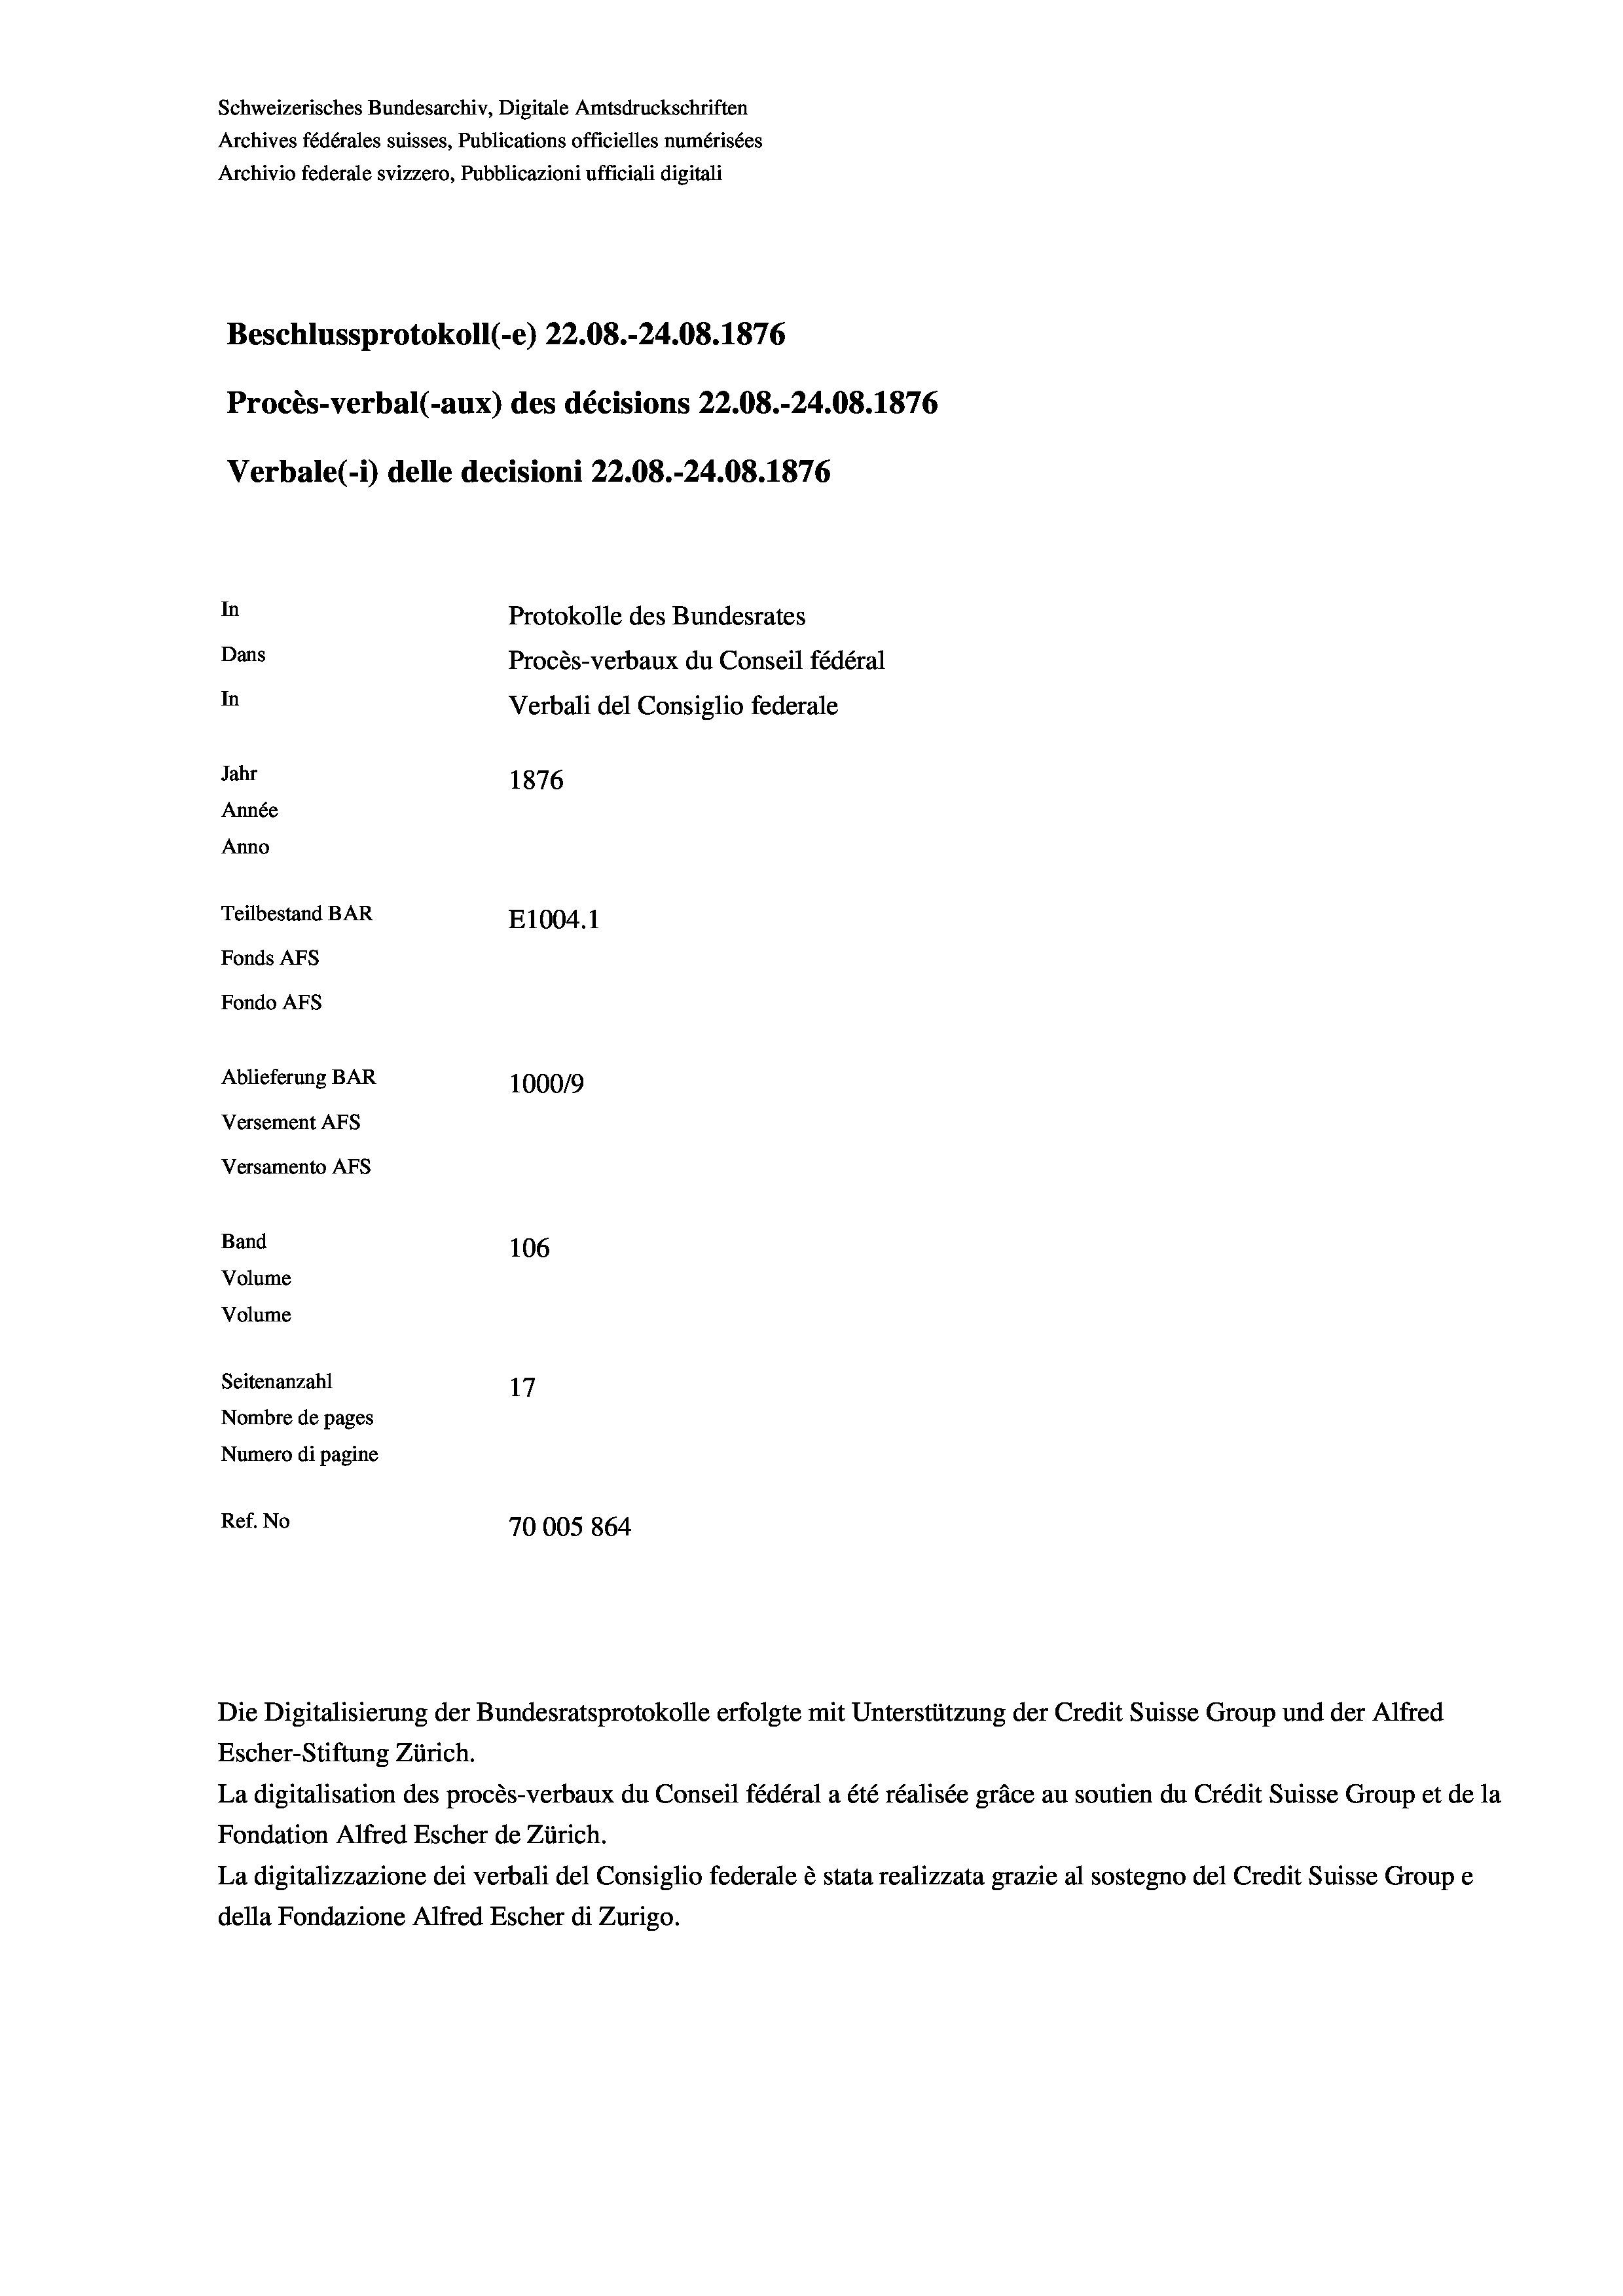
Schweizerisches Bundesarchiv, Digitale Amtsdruckschriften
Archives fédérales suisses, Publications officielles numérisées
Archivio federale svizzero, Pubblicazioni ufficiali digitali
Beschlussprotokoll (-e) 22.08.-24.08. 1876
Procès-verbal (-aux) des décisions 22.08.-24.08. 1876
Verbale (i) delle decisioni 22.08.-24.08. 1876
In
Protokolle des Bundesrates
Dans
Procès-verbaux du Conseil fédéral
In
Verbali del Consiglio federale
Jahr
1876
Année
Anno
Teilbestand BAR
E1004.1
Fonds AFs
Fondo Afs
Ablieferung BAR
100019
Versement AFs
Versamento Afs
Band
106
Volume
Volume
Seitenanzahl
17
Nombre de pages
Numero di pagine
Ref. No
70005 864

Die Digitalisierung der Bundesratsprotokolle erfolgte mit Unterstützung der Credit Suisse Group und der Alfred
Escher-Stiftung Zürich.
La digitalisation des procès-verbaux du Conseil fédéral a été réalisée gräce au soutien du Crédit Suisse Group et de la
Fondation Alfred Escher de Zürich.
La digitalizzazione dei verbali del Consiglio federale è stata realizzata grazie al sostegno del Credit Suisse Groupe
della Fondazione Alfred Escher di Zurigo.